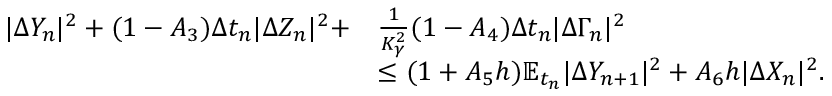
\begin{array} { r l } { | \Delta Y _ { n } | ^ { 2 } + ( 1 - A _ { 3 } ) \Delta t _ { n } | \Delta Z _ { n } | ^ { 2 } + } & { \frac { 1 } { K _ { \gamma } ^ { 2 } } ( 1 - A _ { 4 } ) \Delta t _ { n } | \Delta \Gamma _ { n } | ^ { 2 } } \\ & { \leq ( 1 + A _ { 5 } h ) \mathbb { E } _ { t _ { n } } { | \Delta Y _ { n + 1 } | ^ { 2 } } + A _ { 6 } h | \Delta X _ { n } | ^ { 2 } . } \end{array}